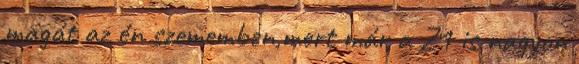
magát az én szememben,mert már a Z1 is nagyon